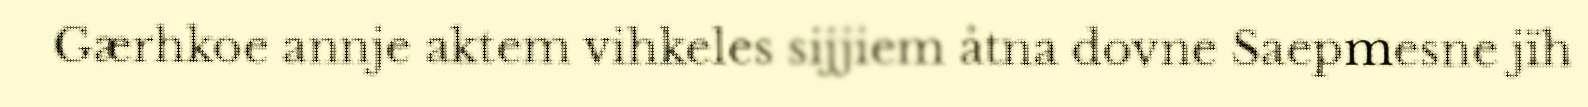
Gærhkoe annje aktem vihkeles sijjiem åtna dovne Saepmesne jïh